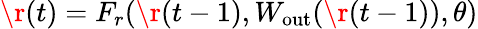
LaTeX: \r(t)=F_{r}(\r(t-1),W_{\mathrm{out}}(\r(t-1)),\theta)